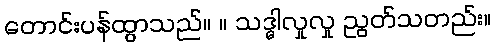
တောင်းပန်ထွာသည်။ ။ သဒ္ဓါလှုလှု ညွတ်သတည်း။